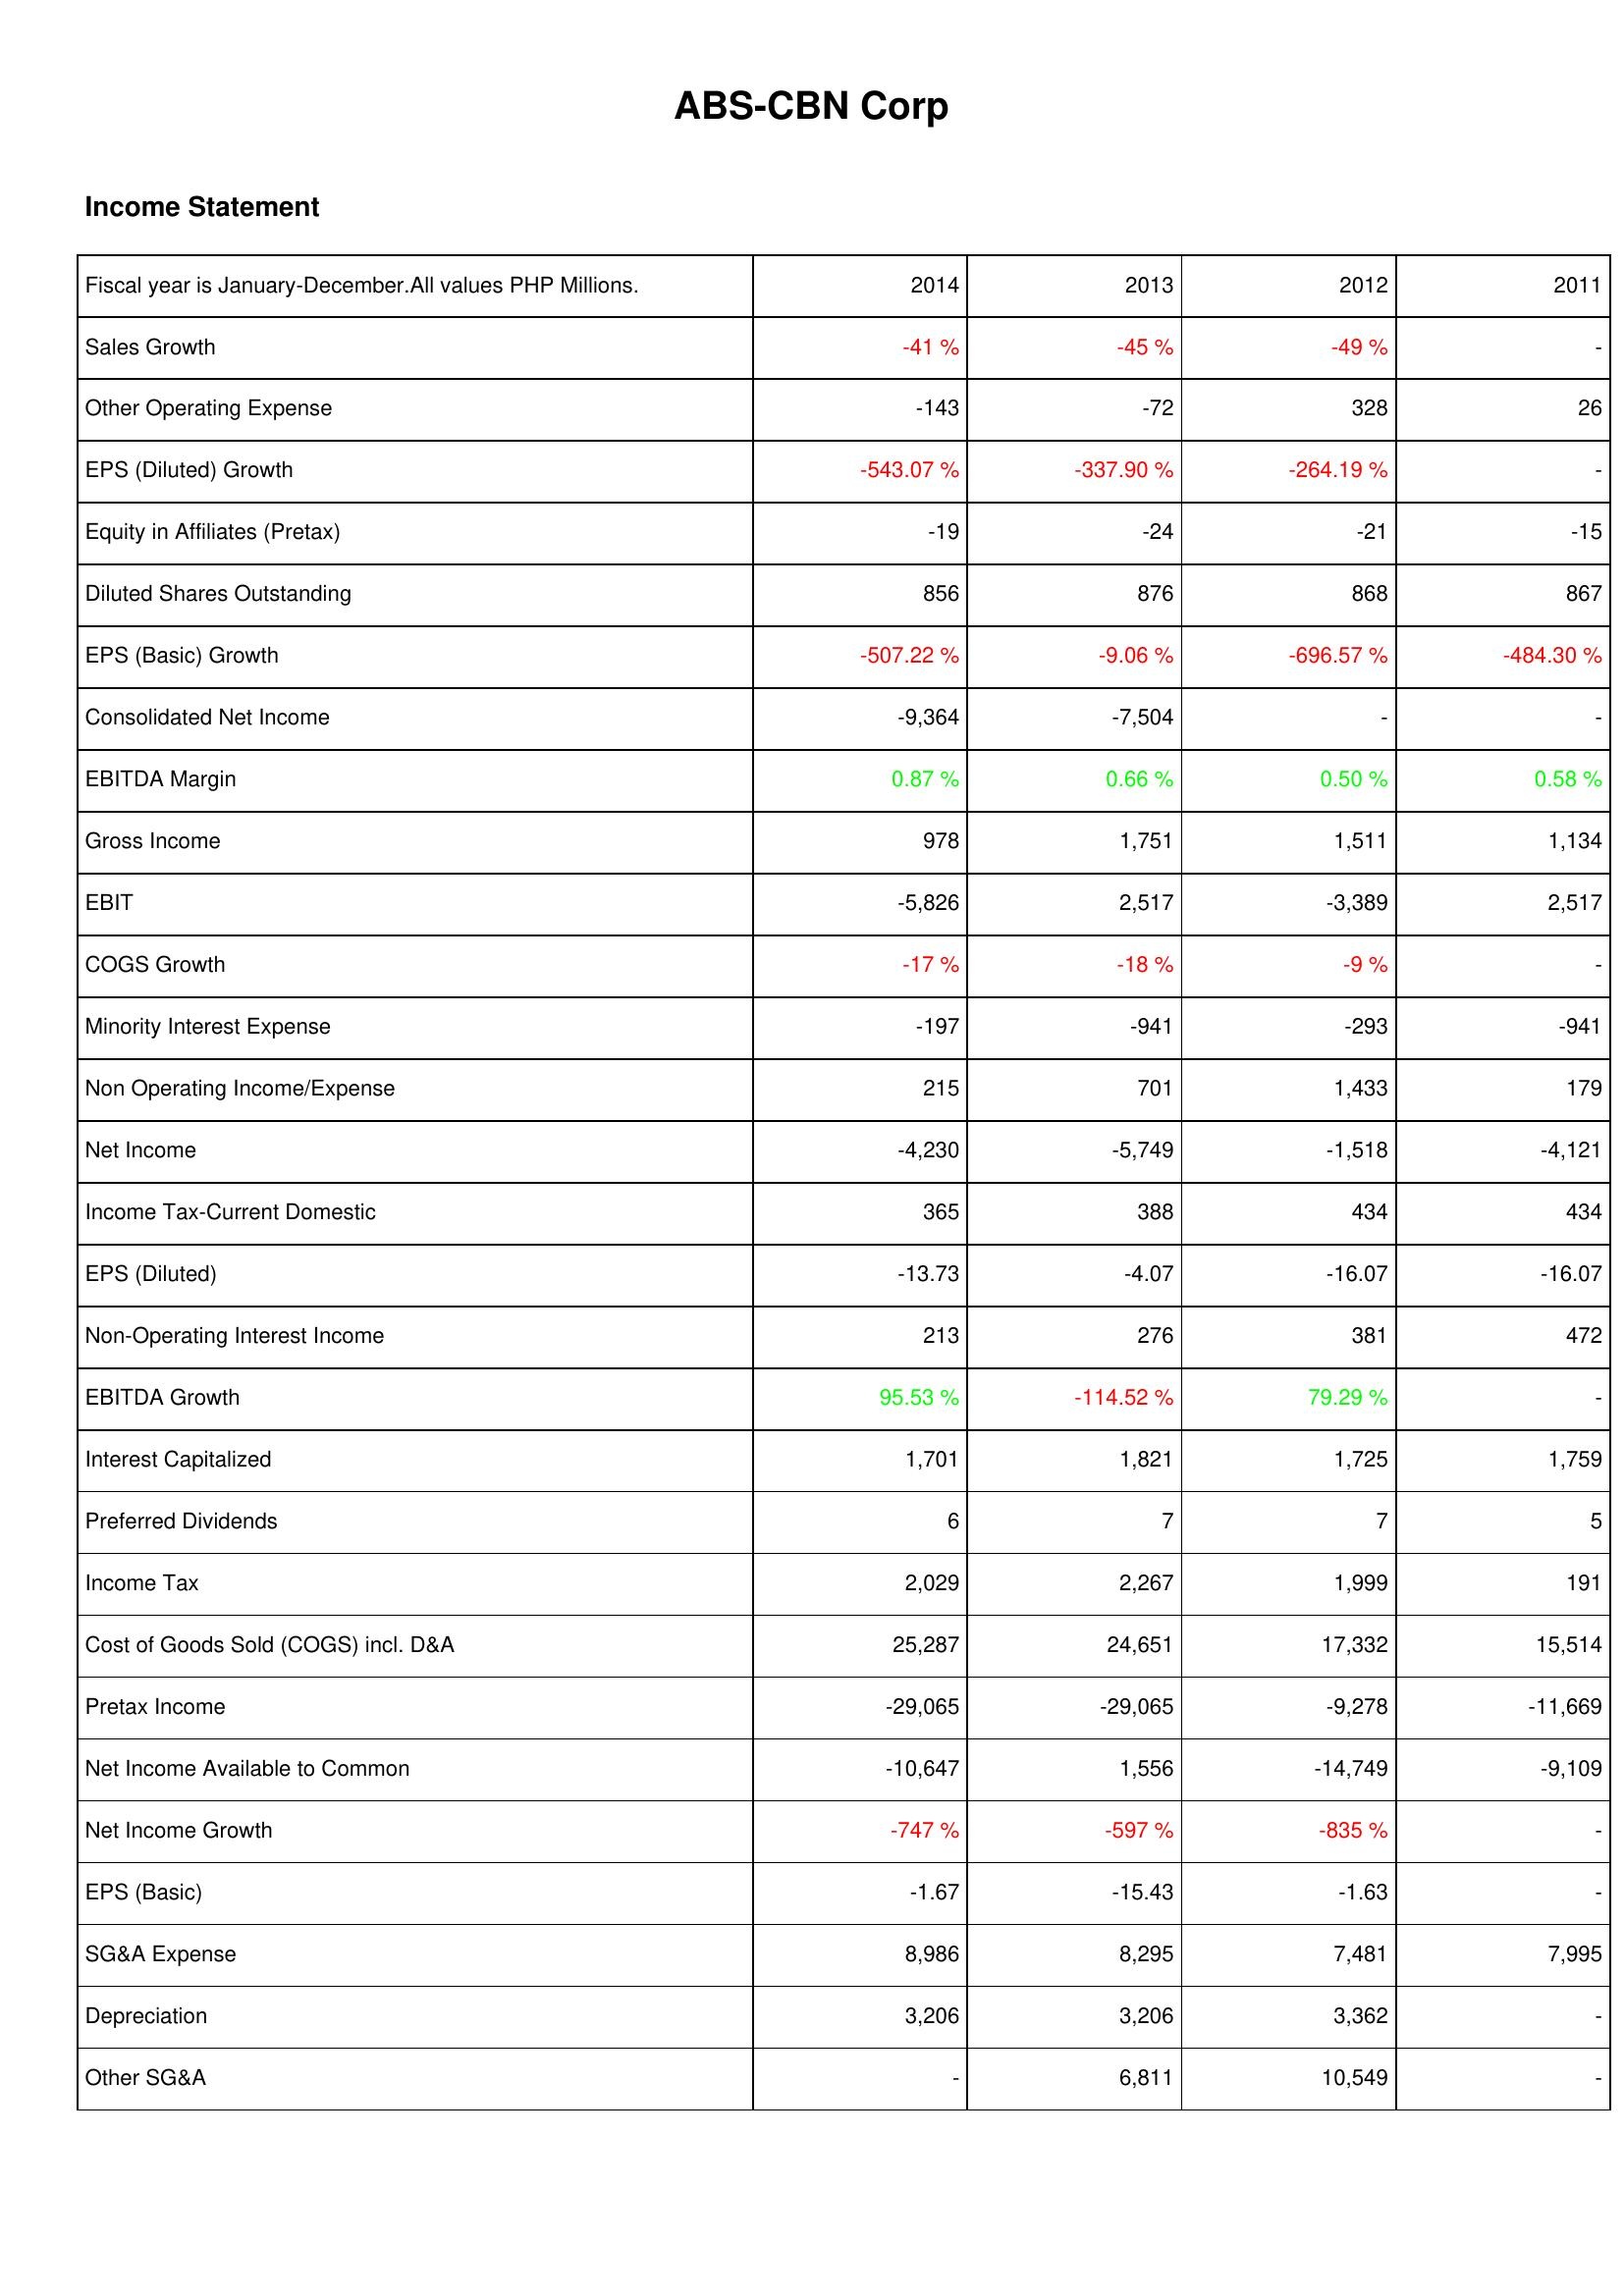
2014: Income Statement: Sales Growth: -41 %
Other Operating Expense: -143
EPS (Diluted) Growth: -543.07 %
Equity in Affiliates (Pretax): -19
Diluted Shares Outstanding: 856
EPS (Basic) Growth: -507.22 %
Consolidated Net Income: -9,364
EBITDA Margin: 0.87 %
Gross Income: 978
EBIT: -5,826
COGS Growth: -17 %
Minority Interest Expense: -197
Non Operating Income/Expense: 215
Net Income: -4,230
Income Tax-Current Domestic: 365
EPS (Diluted): -13.73
Non-Operating Interest Income: 213
EBITDA Growth: 95.53 %
Interest Capitalized: 1,701
Preferred Dividends: 6
Income Tax: 2,029
Cost of Goods Sold (COGS) incl. D&A: 25,287
Pretax Income: -29,065
Net Income Available to Common: -10,647
Net Income Growth: -747 %
EPS (Basic): -1.67
SG&A Expense: 8,986
Depreciation: 3,206
Other SG&A: -
2013: Income Statement: Sales Growth: -45 %
Other Operating Expense: -72
EPS (Diluted) Growth: -337.90 %
Equity in Affiliates (Pretax): -24
Diluted Shares Outstanding: 876
EPS (Basic) Growth: -9.06 %
Consolidated Net Income: -7,504
EBITDA Margin: 0.66 %
Gross Income: 1,751
EBIT: 2,517
COGS Growth: -18 %
Minority Interest Expense: -941
Non Operating Income/Expense: 701
Net Income: -5,749
Income Tax-Current Domestic: 388
EPS (Diluted): -4.07
Non-Operating Interest Income: 276
EBITDA Growth: -114.52 %
Interest Capitalized: 1,821
Preferred Dividends: 7
Income Tax: 2,267
Cost of Goods Sold (COGS) incl. D&A: 24,651
Pretax Income: -29,065
Net Income Available to Common: 1,556
Net Income Growth: -597 %
EPS (Basic): -15.43
SG&A Expense: 8,295
Depreciation: 3,206
Other SG&A: 6,811
2012: Income Statement: Sales Growth: -49 %
Other Operating Expense: 328
EPS (Diluted) Growth: -264.19 %
Equity in Affiliates (Pretax): -21
Diluted Shares Outstanding: 868
EPS (Basic) Growth: -696.57 %
Consolidated Net Income: -
EBITDA Margin: 0.50 %
Gross Income: 1,511
EBIT: -3,389
COGS Growth: -9 %
Minority Interest Expense: -293
Non Operating Income/Expense: 1,433
Net Income: -1,518
Income Tax-Current Domestic: 434
EPS (Diluted): -16.07
Non-Operating Interest Income: 381
EBITDA Growth: 79.29 %
Interest Capitalized: 1,725
Preferred Dividends: 7
Income Tax: 1,999
Cost of Goods Sold (COGS) incl. D&A: 17,332
Pretax Income: -9,278
Net Income Available to Common: -14,749
Net Income Growth: -835 %
EPS (Basic): -1.63
SG&A Expense: 7,481
Depreciation: 3,362
Other SG&A: 10,549
2011: Income Statement: Sales Growth: -
Other Operating Expense: 26
EPS (Diluted) Growth: -
Equity in Affiliates (Pretax): -15
Diluted Shares Outstanding: 867
EPS (Basic) Growth: -484.30 %
Consolidated Net Income: -
EBITDA Margin: 0.58 %
Gross Income: 1,134
EBIT: 2,517
COGS Growth: -
Minority Interest Expense: -941
Non Operating Income/Expense: 179
Net Income: -4,121
Income Tax-Current Domestic: 434
EPS (Diluted): -16.07
Non-Operating Interest Income: 472
EBITDA Growth: -
Interest Capitalized: 1,759
Preferred Dividends: 5
Income Tax: 191
Cost of Goods Sold (COGS) incl. D&A: 15,514
Pretax Income: -11,669
Net Income Available to Common: -9,109
Net Income Growth: -
EPS (Basic): -
SG&A Expense: 7,995
Depreciation: -
Other SG&A: -